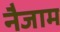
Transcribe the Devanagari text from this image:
नैजाम